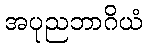
အပုညဘာဂိယံ